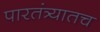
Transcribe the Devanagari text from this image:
पारतंत्र्यातच